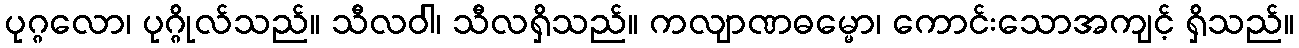
ပုဂ္ဂလော၊ ပုဂ္ဂိုလ်သည်။ သီလဝါ၊ သီလရှိသည်။ ကလျာဏဓမ္မော၊ ကောင်းသောအကျင့် ရှိသည်။